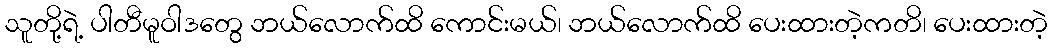
သူတို့ရဲ့ ပါတီမူဝါဒတွေ ဘယ်လောက်ထိ ကောင်းမယ်၊ ဘယ်လောက်ထိ ပေးထားတဲ့ကတိ၊ ပေးထားတဲ့